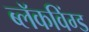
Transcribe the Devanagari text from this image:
ब्लॅकविंग्ड